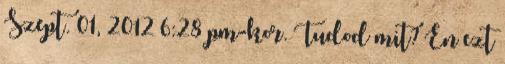
Szept. 01, 2012 6:28 pm-kor. Tudod mit? Én ezt